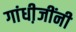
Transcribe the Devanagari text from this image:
गांधी़जींनी